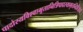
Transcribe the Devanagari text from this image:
पादोस्यविश्वाभूतानित्रिपादस्यामृतन्दिवि॥३॥